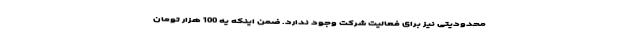
محدودیتی نیز برای فعالیت شرکت وجود ندارد. ضمن اینکه یه 100 هزار تومان